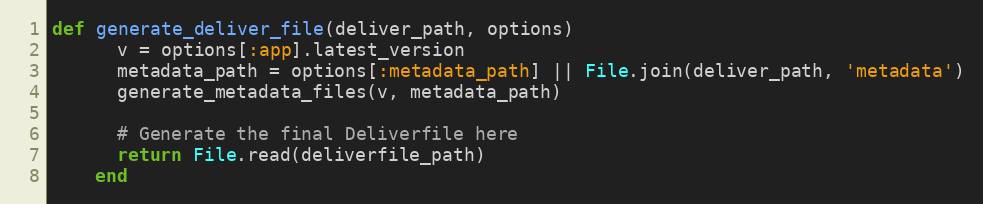
Language: Ruby
def generate_deliver_file(deliver_path, options)
      v = options[:app].latest_version
      metadata_path = options[:metadata_path] || File.join(deliver_path, 'metadata')
      generate_metadata_files(v, metadata_path)

      # Generate the final Deliverfile here
      return File.read(deliverfile_path)
    end